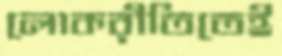
লোকরীতিতেই